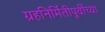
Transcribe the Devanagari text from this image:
ग्रहनिर्मितीपूर्वीच्या